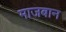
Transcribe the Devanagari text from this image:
माजबान